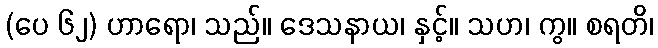
(ပေ ၆၂) ဟာရော၊ သည်။ ဒေသနာယ၊ နှင့်။ သဟ၊ ကွ။ စရတိ၊